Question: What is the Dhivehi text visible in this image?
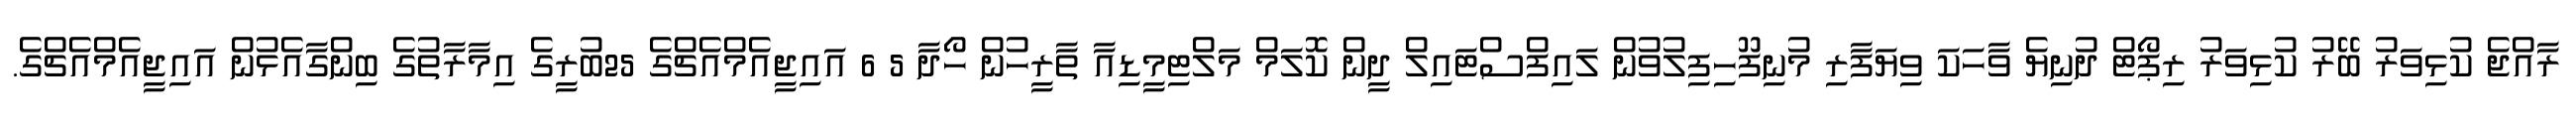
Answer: ރާއްޖެ ކުޅިވަރު ބޭރު ކުޅިވަރު ރިޕޯޓް ދުނިޔެ ވާހަކަ ވިޔަފާރި މުނިފޫހިފިލުވުން ލައިފްސްޓައިލް ދީން ކޮލަމް މަލްޓިމީޑިއާ ތާރީހުން ހޯދާ 5 6 އައިޖީއެމްއެޗްގެ 25ބުރީގެ އިމާރާތުގެ ބިންގާއެޅުން އައިޖީއެމްއެޗްގެ.